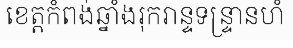
ខេត្តកំពង់ឆ្នាំងរុករាន្ទទន្ទ្រានហំ